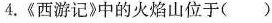
4.《西游记》中的火焰山位于()